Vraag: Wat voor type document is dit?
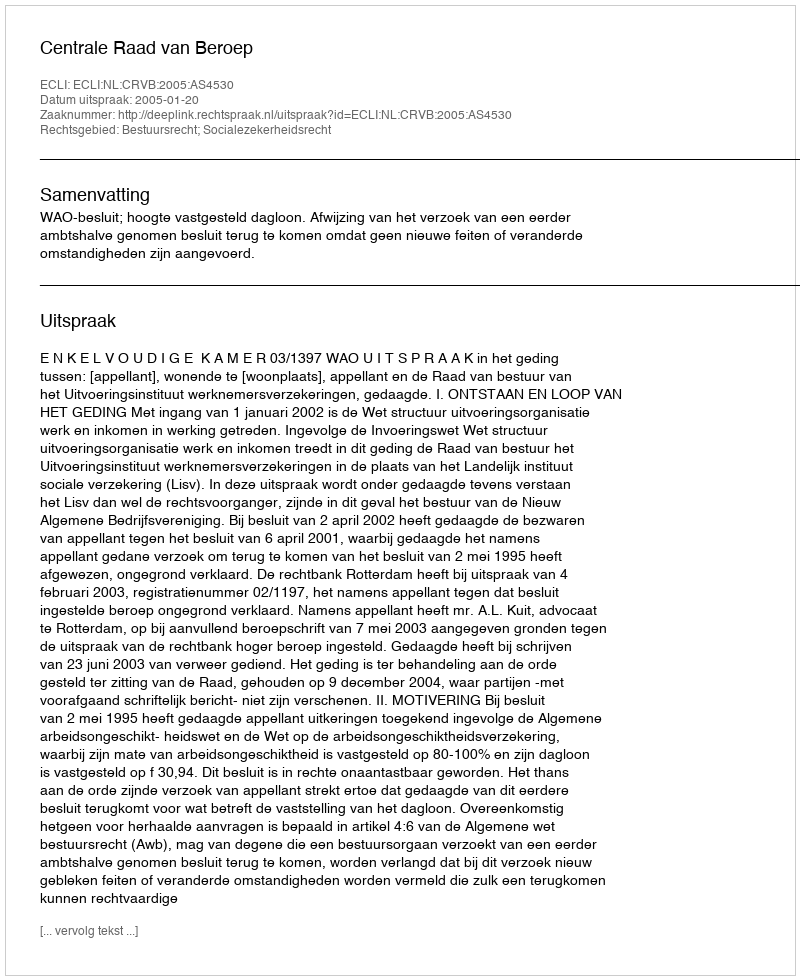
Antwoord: Uitspraak